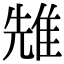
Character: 𨾷